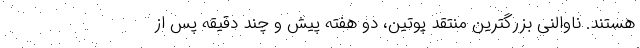
هستند. ناوالنی بزرگترین منتقد پوتین، دو هفته پیش و چند دقیقه پس از